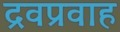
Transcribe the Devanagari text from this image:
द्रवप्रवाह